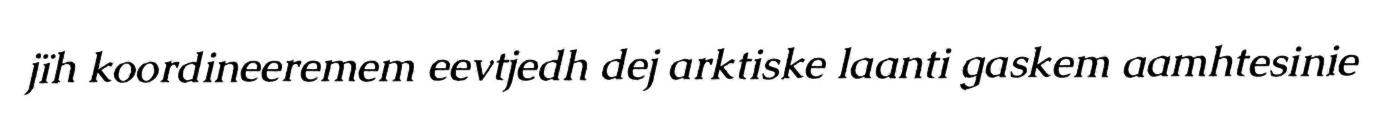
jïh koordineeremem eevtjedh dej arktiske laanti gaskem aamhtesinie